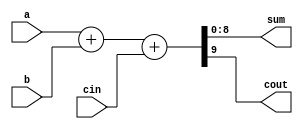
module CarryLookAheadAdder (
    input [7:0] a,
    input [7:0] b,
    input cin,
    output [8:0] sum,
    output cout
);

    assign {cout, sum} = a + b + cin;

endmodule